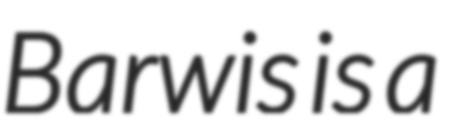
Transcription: Barwis is a